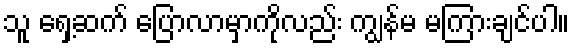
သူ ရှေ့ဆက် ပြောလာမှာကိုလည်း ကျွန်မ မကြားချင်ပါ။